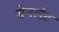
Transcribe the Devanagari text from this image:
बेनलेट